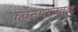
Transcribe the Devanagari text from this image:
कर्वेनगरजवळ